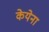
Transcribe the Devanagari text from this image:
केयेना